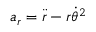
a _ { r } = { \ddot { r } } - r { \dot { \theta } } ^ { 2 }